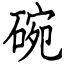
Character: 碗